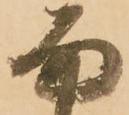
面